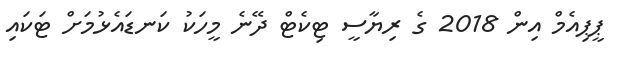
ޕީޕިއެމް އިން 2018 ގެ ރިޔާސީ ޓިކެޓް ދޭނެ މީހަކު ކަނޑައެޅުމަށް ޓަކައި